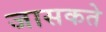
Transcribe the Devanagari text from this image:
जासकते